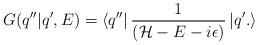
LaTeX: \begin{align*}G(q''|q',E)=\left< q''\right| \frac{1}{({\cal {H}}-E-i\epsilon )}\left| q'.\right>\end{align*}